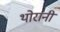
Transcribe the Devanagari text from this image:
थोरानी